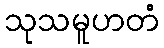
သုသမူဟတံ